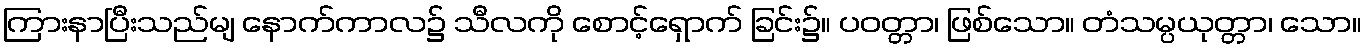
ကြားနာပြီးသည်မျ နောက်ကာလ၌ သီလကို စောင့်ရှောက် ခြင်း၌။ ပဝတ္တာ၊ ဖြစ်သော။ တံသမ္ပယုတ္တာ၊ သော။